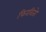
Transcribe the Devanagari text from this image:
फिरवितो